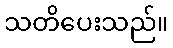
သတိပေးသည်။